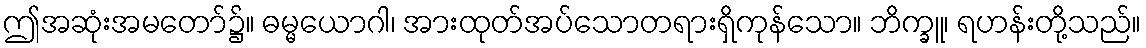
ဤအဆုံးအမတော်၌။ ဓမ္မယောဂါ၊ အားထုတ်အပ်သောတရားရှိကုန်သော။ ဘိက္ခူ၊ ရဟန်းတို့သည်။